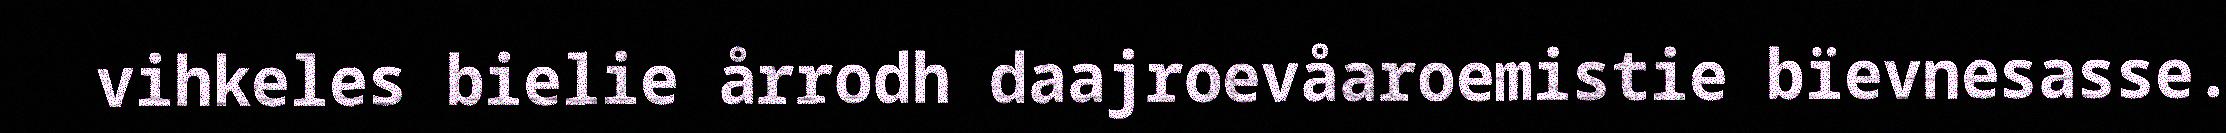
vihkeles bielie årrodh daajroevåaroemistie bïevnesasse.